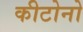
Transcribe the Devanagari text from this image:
कीटोनो